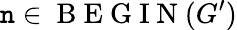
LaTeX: \mathtt{n}\in\mathrm{{~B~E~G~I~N~}}(G^{\prime})